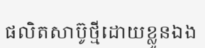
ផលិតសាប៊ូថ្មីដោយខ្លួនឯង